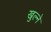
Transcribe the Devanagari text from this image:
खुल्ने